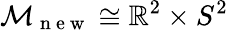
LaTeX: \mathcal{M}_{\mathrm{~n~e~w~}}\cong\mathbb{R}^{2}\times S^{2}